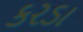
કરડા